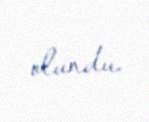
olundu.